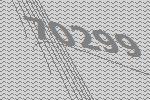
70299